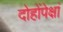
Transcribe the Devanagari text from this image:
दोहोंपेक्षां